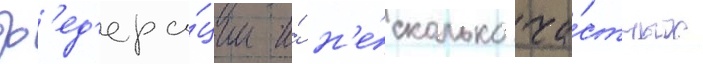
ф'ед'ера́ции и́ н'е́сколько ча́стных